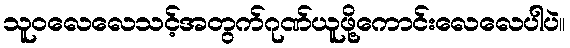
သူဝလေလေသင့်အတွက်ဂုဏ်ယူဖို့ကောင်းလေလေပါပဲ။